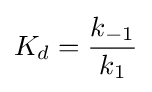
K_{d}={\frac {k_{-1}}{k_{1}}}